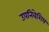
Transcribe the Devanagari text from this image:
उपनिबेशिय